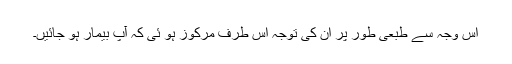
اس وجہ سے طبعی طور پر ان کی توجہ اس طرف مرکوز ہو ئی کہ آپؐ بیمار ہو جائیں۔